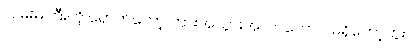
လမ်းမကြီးကို ရောက်တော့ ကားအသွားအလာတောင် မရှိတော့ဘူး။